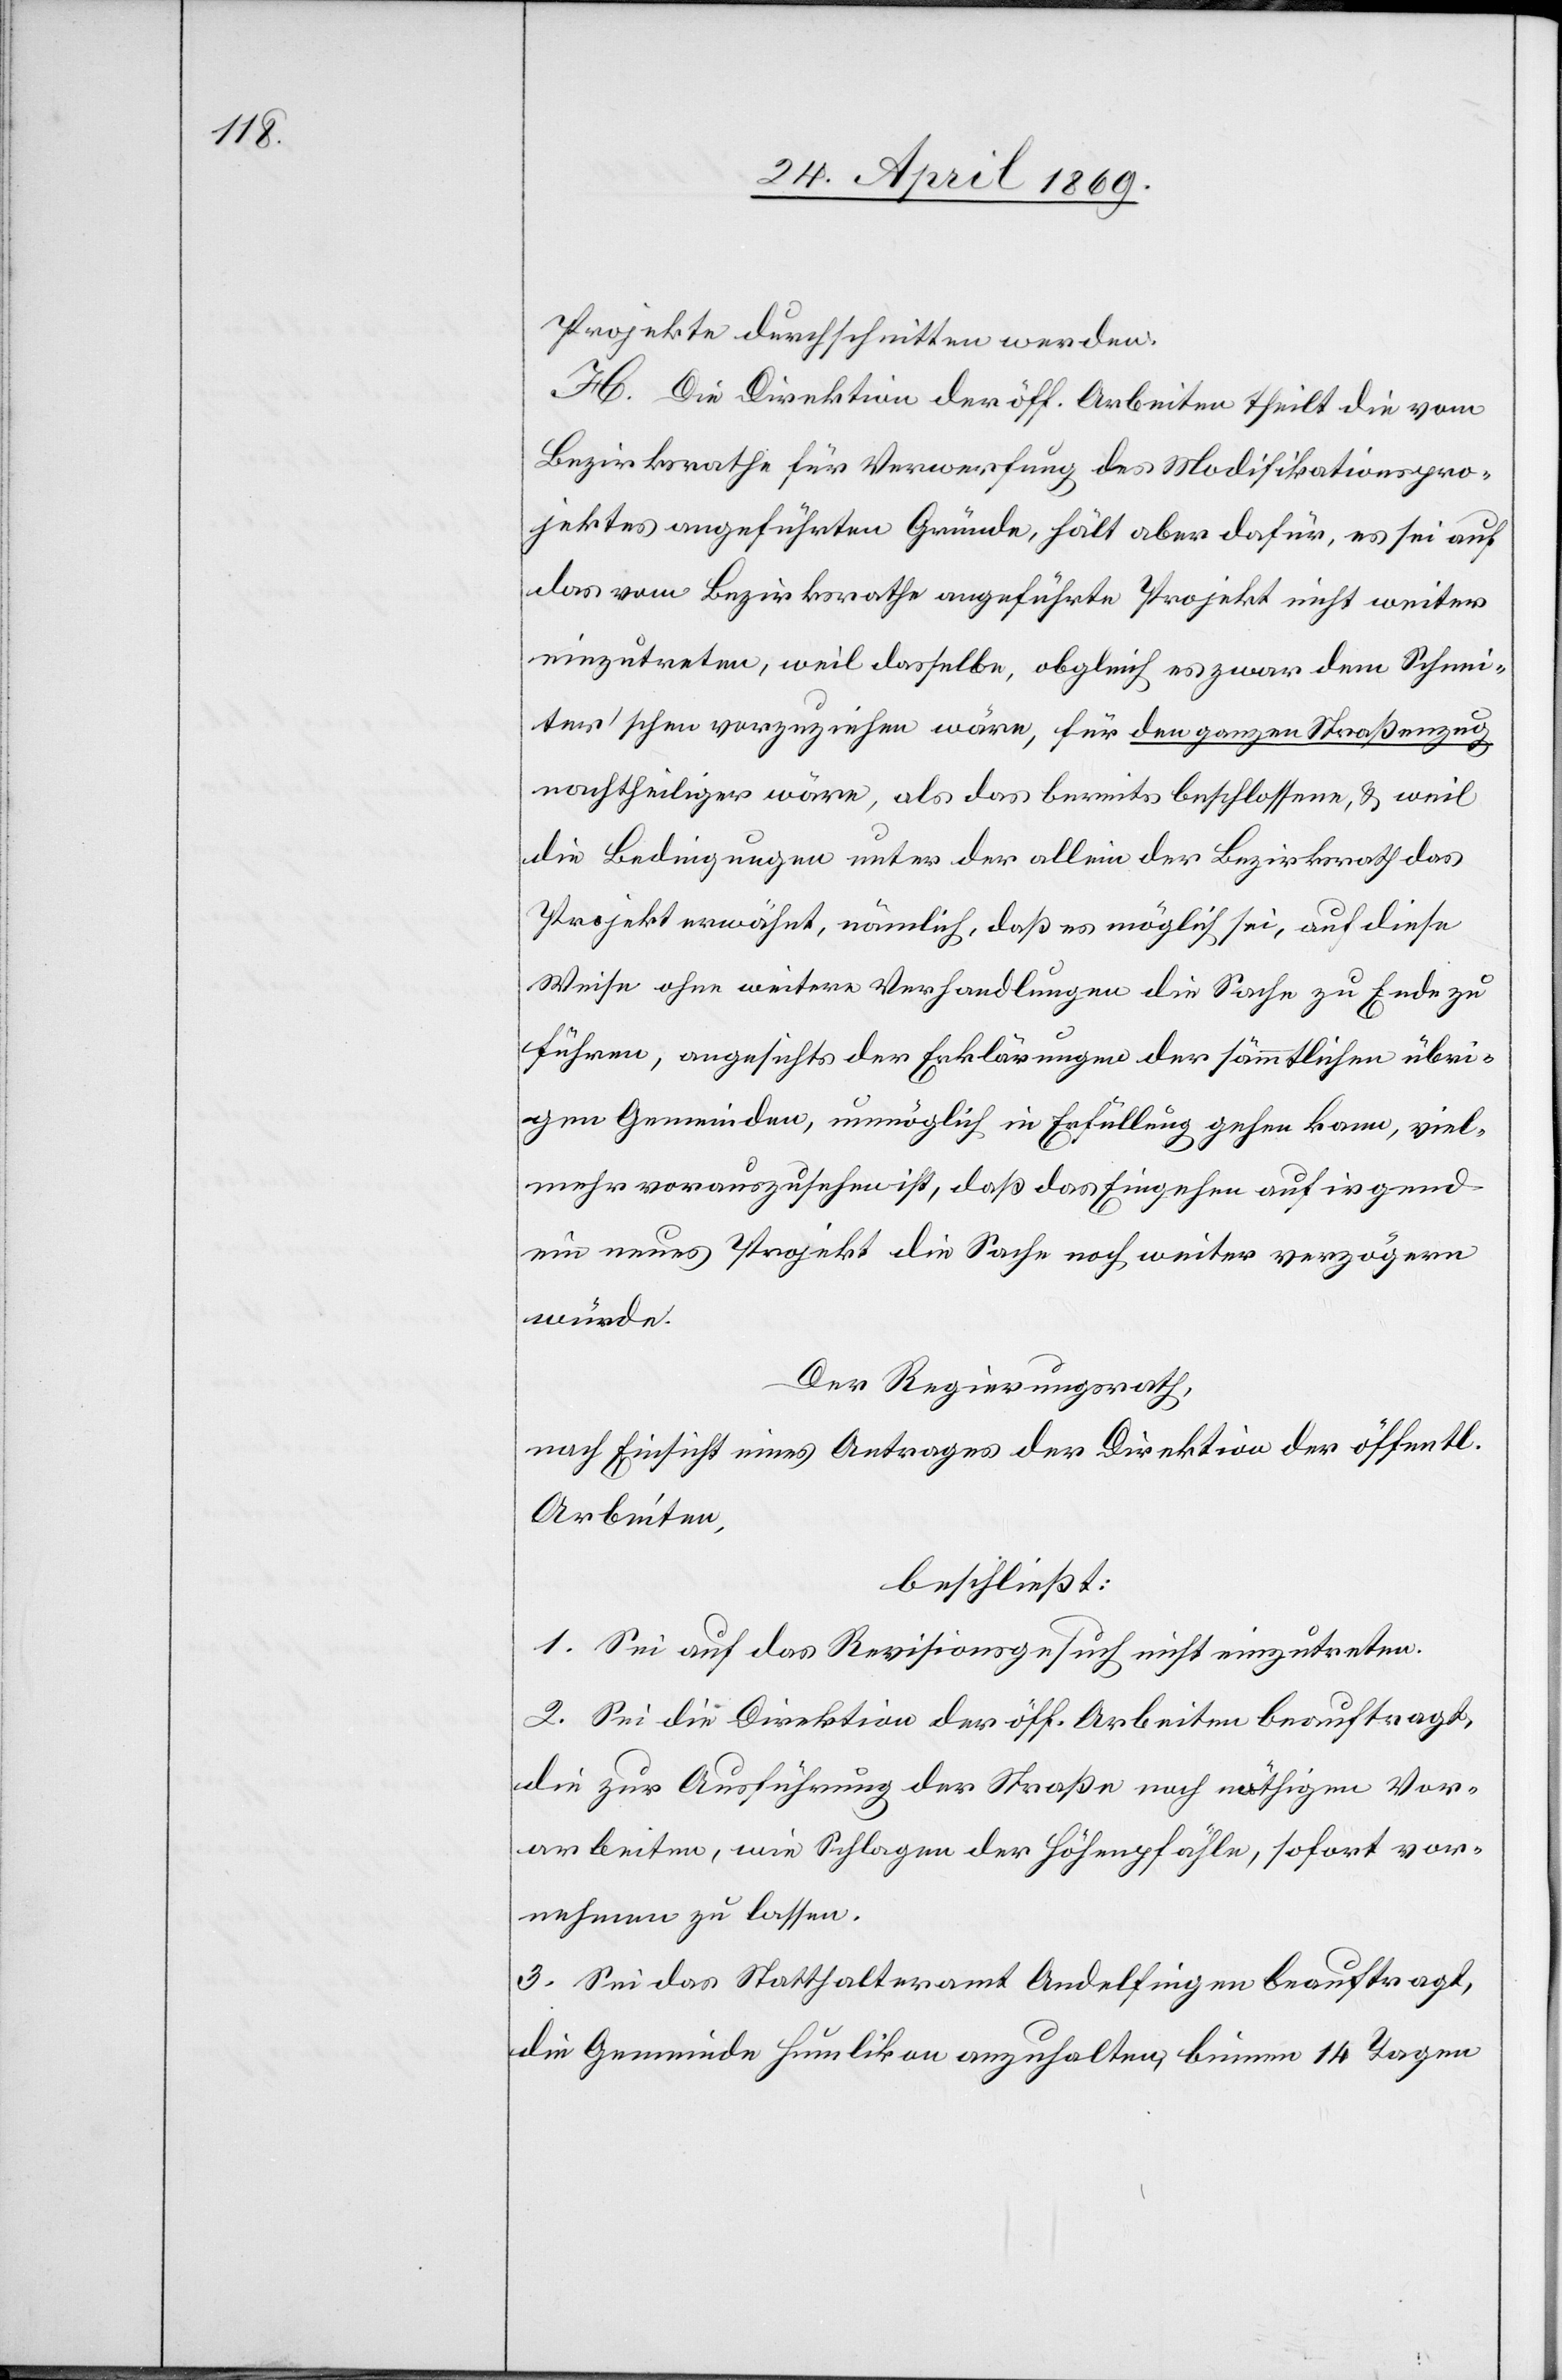
Projekte durchschnitten werden.
H. Die Direktion der öff. Arbeiten theilt die vom
Bezirksrathe für Verwerfung des Modifikationspro¬
jektes angeführten Gründe, hält aber dafür, es sei auf
das vom Bezirksrathe angeführte Projekt nicht weiter
einzutreten, weil dasselbe, obgleich es zwar dem Schnei¬
ter’schen vorzuziehen wäre, für den ganzen Straßenzug
nachtheiliger wäre, als das bereits beschlossene, u. weil
die Bedingungen unter der allein der Bezirksrath das
Projekt erwähnt, nämlich, daß es möglich sei, auf diese
Weise ohne weitere Verhandlungen die Sache zu Ende zu
führen, angesichts der Erklärungen der sämmtlichen übri¬
gen Gemeinden, unmöglich in Erfüllung gehen kann, viel¬
mehr vorauszusehen ist, daß das Eingehen auf irgend¬
ein neues Projekt die Sache noch weiter verzögern
würde.
Der Regierungsrath,
nach Einsicht eines Antrages der Direktion der öff.
Arbeiten,
beschließt:
1. Sei auf das Revisionsgesuch nicht einzutreten.
2. Sei die Direktion der öff. Arbeiten beauftragt
die zur Ausführung der Straße noch nöthigen Vor¬
arbeiten, wie Schlagen der Höhenpfähle, sofort vor¬
nehmen zu lassen.
3. Sei das Statthalteramt Andelfingen beauftragt,
die Gemeinde Humlikon anzuhalten, binnen 14 Tagen